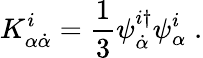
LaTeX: K_{\alpha\dot{\alpha}}^{i}=\frac{1}{3}\psi_{\dot{\alpha}}^{i\dagger}\psi_{\alpha}^{i}\; .